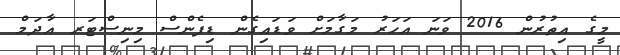
މީގެ އިތުރުން 2016 ވަނަ އަހަރު މަގާމަށް ވަޑައިގެން ޑިފެންސް މިނިސްޓަރ އާދަމް